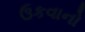
ઉકવાનો